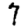
Digit: 7